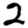
Digit: 2